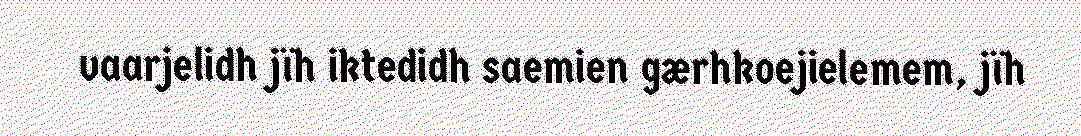
vaarjelidh jïh iktedidh saemien gærhkoejielemem, jïh